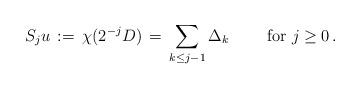
LaTeX: \begin{align*} S_ju\,:=\,\chi(2^{-j}D)\,=\,\sum_{k\leq j-1}\Delta_{k}\qquad\mbox{ for }j\geq0\,.\end{align*}